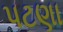
પટણા